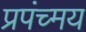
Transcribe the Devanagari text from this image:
प्रपंच्मय